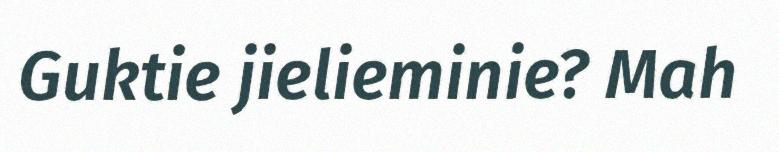
Guktie jielieminie? Mah